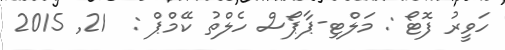
ހަވީރު ފޮޓޯ : މަލްޓި-ޕާޕޯސް ހެލްތު ކޭމްޕް :  21